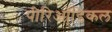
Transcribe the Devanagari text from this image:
पीरिऑडिकल